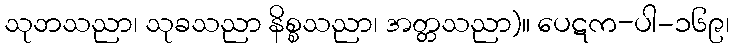
သုဘသညာ၊ သုခသညာ နိစ္စသညာ၊ အတ္တသညာ)။ ပေဋက-ပါ-၁၆၉၊